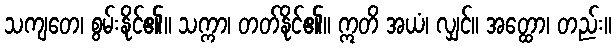
သကျတေ၊ စွမ်းနိုင်၏။ သက္ကာ၊ တတ်နိုင်၏။ ဣတိ အယံ၊ လျှင်။ အတ္ထော၊ တည်း။